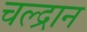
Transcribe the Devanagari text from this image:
चल्द्रान